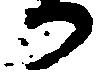
か